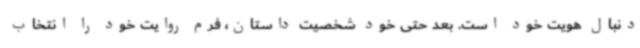
دنبال هویت خود است. بعد حتی خود شخصیت داستان، فرم روایت خود را انتخاب